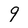
Character: 9